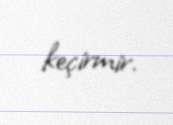
keçirmir.